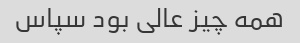
همه چیز عالی بود سپاس